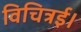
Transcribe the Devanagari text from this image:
विचित्रई।